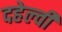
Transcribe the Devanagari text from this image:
दहेल्‍वी